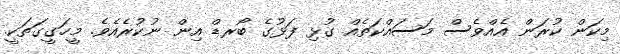
މިކަން ކުރަން އެއްވެސް މަސައްކަތެއް ގުޅި ފަޅުގެ ބޯރޑް އިން ނުކުރެއެެވެ. މީހަގީގަތަކީ.